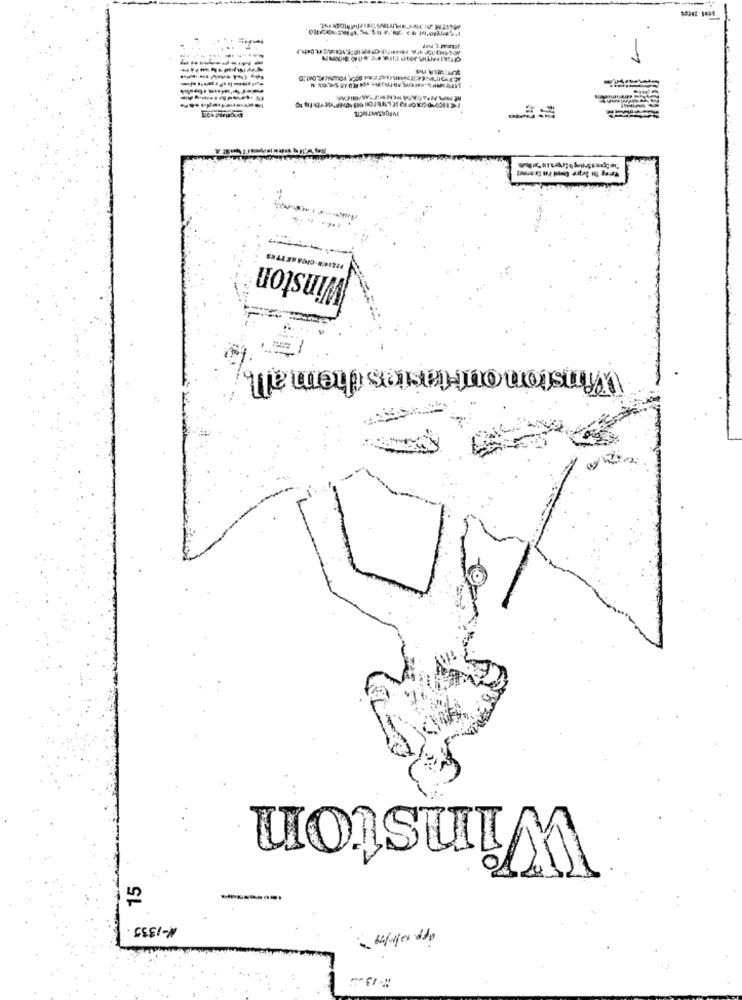
Winston
Winston out tastes them all.
15
#-1339.